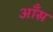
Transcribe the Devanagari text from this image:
आँस